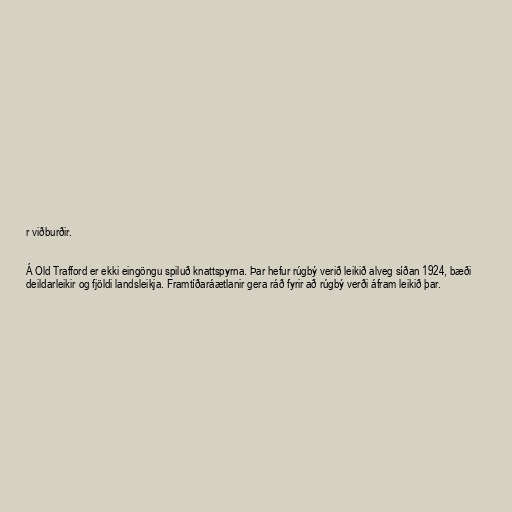
r viðburðir.

Á Old Trafford er ekki eingöngu spiluð knattspyrna. Þar hefur rúgbý verið leikið alveg síðan 1924, bæði
deildarleikir og fjöldi landsleikja. Framtíðaráætlanir gera ráð fyrir að rúgbý verði áfram leikið þar.